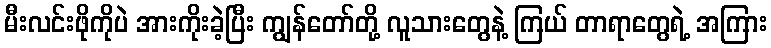
မီးလင်းဖိုကိုပဲ အားကိုးခဲ့ပြီး ကျွန်တော်တို့ လူသားတွေနဲ့ ကြယ် တာရာတွေရဲ့ အကြား